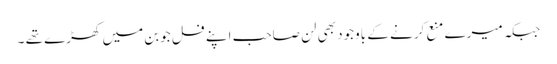
جبکہ میرے منع کرنے کے باوجود بھی لن صاحب اپنے فل جوبن میں کھڑے تھے ۔